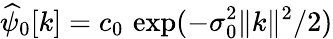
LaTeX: \widehat\psi_{0}[k]=c_{0}\, \exp(-\sigma_{0}^{2}\| k\| ^{2}/2)